Civil Veterinary Department Bihar & Orissa reports 1929-36 - 1929-1936
Year: 1929
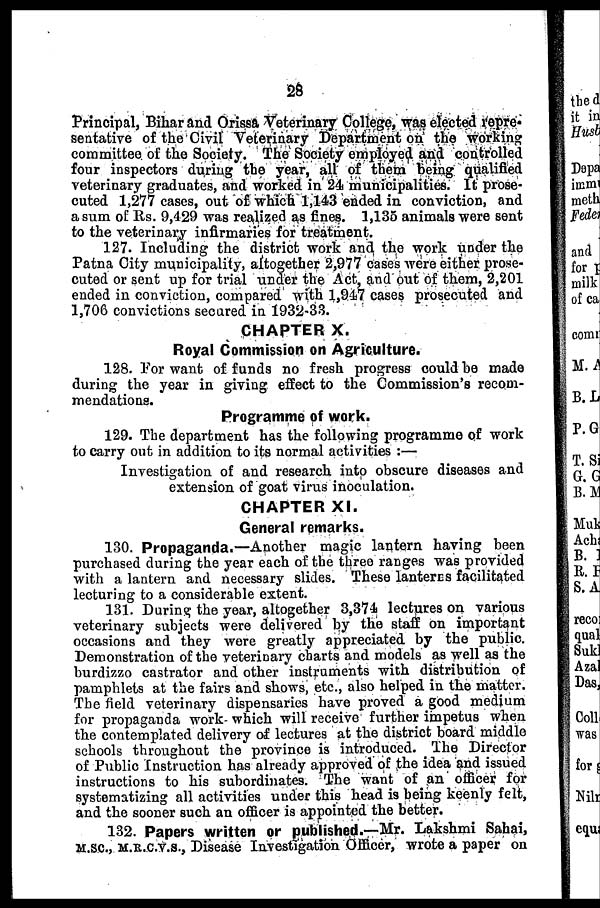
28
Principal, Bihar and Orissa Veterinary College, was elected repre-
sentative of the Civil Veterinary Department on the working
committee of the Society. The Society employed and controlled
four inspectors during the year, all of them being qualified
veterinary graduates, and worked in 24 municipalities. It prose-
cuted 1,277 cases, out of which 1,143 ended in conviction, and
a sum of Rs. 9,429 was realized as fines. 1,135 animals were sent
to the veterinary infirmaries for treatment.
127. Including the district work and the work under the
Patna City municipality, altogether 2,977 cases were either prose-
cuted or sent up for trial under the Act, and out of them, 2,201
ended in conviction, compared with 1,947 cases prosecuted and
1,706 convictions secured in 1932-33.
CHAPTER X.
Royal Commission on Agriculture.
128. For want of funds no fresh progress could he made
during the year in giving effect to the Commission's recom-
mendations.
Programme of work.
129. The department has the following programme of work
to carry out in addition to its normal activities :—
Investigation of and research into obscure diseases and
extension of goat virus inoculation.
CHAPTER XI.
General remarks.
130. Propaganda.—Another magic lantern having been
purchased during the year each of the three ranges was provided
with a lantern and necessary slides. These lanterns facilitated
lecturing to a considerable extent.
131. During the year, altogether 3,374 lectures on various
veterinary subjects were delivered by the staff on important
occasions and they were greatly appreciated by the public.
Demonstration of the veterinary charts and models as well as the
burdizzo castrator and other instruments with distribution of
pamphlets at the fairs and shows, etc., also helped in the matter.
The field veterinary dispensaries have proved a good medium
for propaganda work which will receive further impetus when
the contemplated delivery of lectures at the district board middle
schools throughout the province is introduced. The Director
of Public Instruction has already approved of the idea and issued
instructions to his subordinates. The want of an officer for
systematizing all activities under this head is being keenly felt,
and the sooner such an officer is appointed the better.
132. Papers written or published.—Mr. Lakshmi Sahai,
M.SC., M.R.C.V.S., Disease Investigation Officer, wrote a paper on